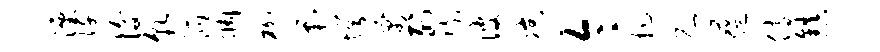
湮阡后貌派惆枷剿愕寓列陡彼凉令抗允蕴侍镇